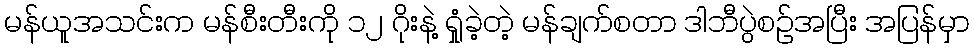
မန်ယူအသင်းက မန်စီးတီးကို ၁၂ ဂိုးနဲ့ ရှုံခဲ့တဲ့ မန်ချက်စတာ ဒါဘီပွဲစဉ်အပြီး အပြန်မှာ